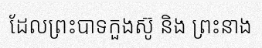
ដែលព្រះបាទកួងស៊ូ និង ព្រះនាង